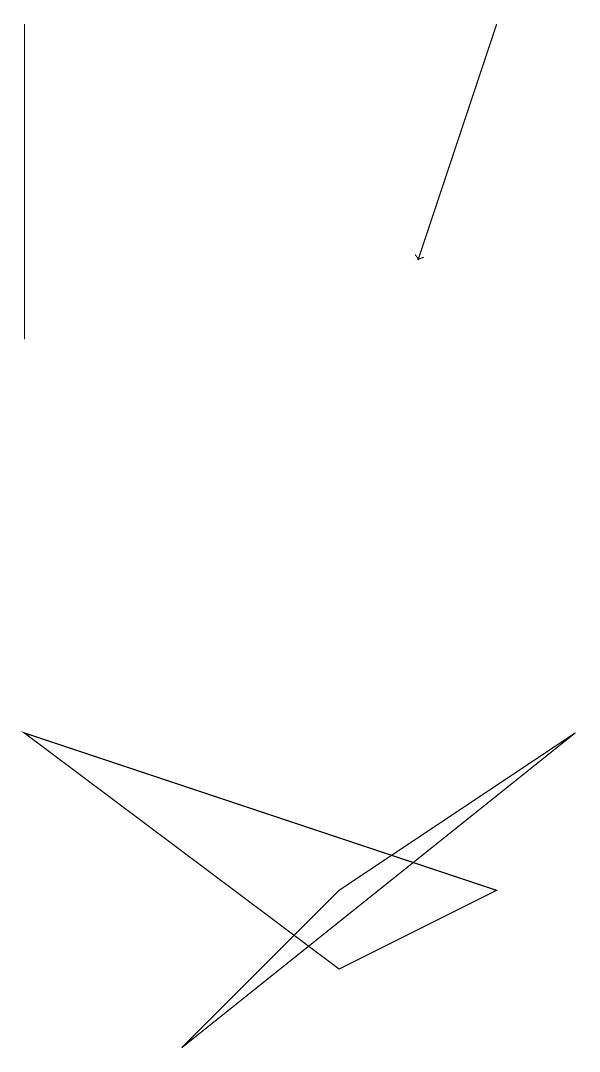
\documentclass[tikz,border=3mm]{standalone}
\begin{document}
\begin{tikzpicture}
\draw (0,7) -- (6,5) -- (4,4) -- cycle;
\draw[->] (6,16) -- (5,13);
\draw (0,12) rectangle (0,16);
\draw (2,3) -- (4,5) -- (7,7) -- cycle;
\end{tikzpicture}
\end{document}